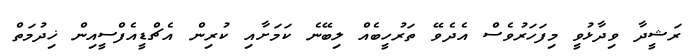
ރަޝީދާ ވިދާޅުވީ މިފަހަރުވެސް އެދެވޭ ތަރުހީބެއް ލިބޭނެ ކަމަށާއި ކުރިން އެޗްޑީއެފްސީއިން ޚިދުމަތް